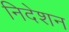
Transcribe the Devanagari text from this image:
निदेशन